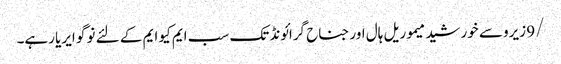
/9 زیرو سے خورشید میموریل ہال اور جناح گرائونڈ تک سب ایم کیو ایم کے لئے نو گو ایریا رہے۔